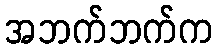
အဘက်ဘက်က